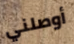
أوصلني